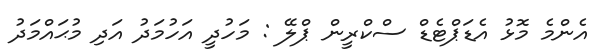
އެންމެ މޮޅު އެޑަޕްޓެޑް ސްކްރީން ޕްލޭ : މަހުދީ އަހުމަދު އަދި މުޙައްމަދު